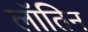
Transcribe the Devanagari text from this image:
लॉतिन